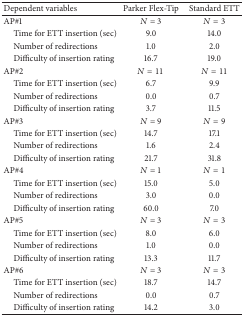
| Dependent variables | Parker Flex-Tip | Standard ETT |
 | --- | --- | --- |
 | AP#1 | N = 3 | N = 3 |
 | Time for ETT insertion (sec) | 9.0 | 14.0 |
 | Number of redirections | 1.0 | 2.0 |
 | Difficulty of insertion rating | 16.7 | 19.0 |
 | AP#2 | N = 11 | N = 11 |
 | Time for ETT insertion (sec) | 6.7 | 9.9 |
 | Number of redirections | 0.0 | 0.7 |
 | Difficulty of insertion rating | 3.7 | 11.5 |
 | AP#3 | N = 9 | N = 9 |
 | Time for ETT insertion (sec) | 14.7 | 17.1 |
 | Number of redirections | 1.6 | 2.4 |
 | Difficulty of insertion rating | 21.7 | 31.8 |
 | AP#4 | N = 1 | N = 1 |
 | Time for ETT insertion (sec) | 15.0 | 5.0 |
 | Number of redirections | 3.0 | 0.0 |
 | Difficulty of insertion rating | 60.0 | 7.0 |
 | AP#5 | N = 3 | N = 3 |
 | Time for ETT insertion (sec) | 8.0 | 6.0 |
 | Number of redirections | 1.0 | 0.0 |
 | Difficulty of insertion rating | 13.3 | 11.7 |
 | AP#6 | N = 3 | N = 3 |
 | Time for ETT insertion (sec) | 18.7 | 14.7 |
 | Number of redirections | 0.0 | 0.7 |
 | Difficulty of insertion rating | 14.2 | 3.0 |